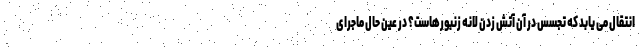
انتقال می یابد که تجسس در آن آتش زدن لانه زنبورهاست؟ در عین حال ماجرای